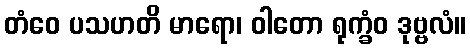
တံဝေ ပသဟတိ မာရော၊ ဝါတော ရုက္ခံဝ ဒုဗ္ဗလံ။